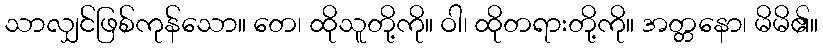
သာလျှင်ဖြစ်ကုန်သော။ တေ၊ ထိုသူတို့ကို။ ဝါ၊ ထိုတရားတို့ကို။ အတ္တနော၊ မိမိ၏။